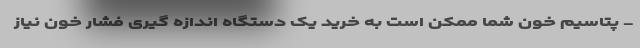
- پتاسیم خون شما ممکن است به خرید یک دستگاه اندازه گیری فشار خون نیاز